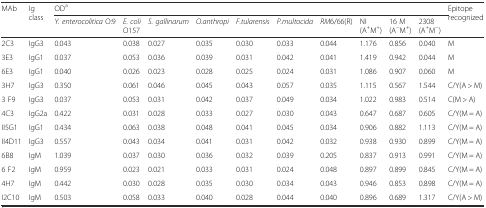
<table><thead><tr><td rowspan="2"><b>MAb</b></td><td rowspan="2"><b>Ig class</b></td><td colspan="10"><b>OD<sup>a</sup></b></td><td rowspan="2"><b>Epitope recognized</b></td></tr><tr><td><b><i>Y. enterocolitica</i> O:9</b></td><td><b><i>E. coli</i>O157</b></td><td><b><i>S. gallinarum</i></b></td><td><b><i>O.</i><i>anthropi</i></b></td><td><b><i>F.</i><i>tularensis</i></b></td><td><b><i>P.</i><i>multocida</i></b></td><td><b><i>RM</i>6/66(R)</b></td><td><b>NI(A<sup>+</sup>M<sup>+</sup>)</b></td><td><b>16 M (A<sup>−</sup>M<sup>+</sup>)</b></td><td><b>2308(A<sup>+</sup>M<sup>−</sup>)</b></td></tr></thead><tbody><tr><td>2C3</td><td>IgG3</td><td>0.043</td><td>0.038</td><td>0.027</td><td>0.035</td><td>0.030</td><td>0.033</td><td>0.044</td><td>1.176</td><td>0.856</td><td>0.040</td><td>M</td></tr><tr><td>3E3</td><td>IgG1</td><td>0.037</td><td>0.053</td><td>0.036</td><td>0.039</td><td>0.031</td><td>0.042</td><td>0.041</td><td>1.419</td><td>0.942</td><td>0.044</td><td>M</td></tr><tr><td>6E3</td><td>IgG1</td><td>0.040</td><td>0.026</td><td>0.023</td><td>0.028</td><td>0.025</td><td>0.024</td><td>0.031</td><td>1.086</td><td>0.907</td><td>0.060</td><td>M</td></tr><tr><td>3H7</td><td>IgG3</td><td>0.350</td><td>0.061</td><td>0.046</td><td>0.045</td><td>0.043</td><td>0.057</td><td>0.035</td><td>1.115</td><td>0.567</td><td>1.544</td><td>C/Y(A &gt; M)</td></tr><tr><td>3 F9</td><td>IgG3</td><td>0.037</td><td>0.053</td><td>0.031</td><td>0.042</td><td>0.037</td><td>0.049</td><td>0.034</td><td>1.022</td><td>0.983</td><td>0.514</td><td>C(M &gt; A)</td></tr><tr><td>4C3</td><td>IgG2a</td><td>0.422</td><td>0.031</td><td>0.028</td><td>0.033</td><td>0.027</td><td>0.030</td><td>0.043</td><td>0.647</td><td>0.687</td><td>0.605</td><td>C/Y(M = A)</td></tr><tr><td>II5G1</td><td>IgG1</td><td>0.434</td><td>0.063</td><td>0.038</td><td>0.048</td><td>0.041</td><td>0.045</td><td>0.034</td><td>0.906</td><td>0.882</td><td>1.113</td><td>C/Y(M = A)</td></tr><tr><td>II4D11</td><td>IgG3</td><td>0.557</td><td>0.043</td><td>0.034</td><td>0.041</td><td>0.031</td><td>0.042</td><td>0.032</td><td>0.938</td><td>0.930</td><td>0.899</td><td>C/Y(M = A)</td></tr><tr><td>6B8</td><td>IgM</td><td>1.039</td><td>0.037</td><td>0.030</td><td>0.036</td><td>0.032</td><td>0.039</td><td>0.205</td><td>0.837</td><td>0.913</td><td>0.991</td><td>C/Y(M = A)</td></tr><tr><td>6 F2</td><td>IgM</td><td>0.959</td><td>0.023</td><td>0.021</td><td>0.033</td><td>0.031</td><td>0.024</td><td>0.048</td><td>0.897</td><td>0.899</td><td>0.845</td><td>C/Y(M = A)</td></tr><tr><td>4H7</td><td>IgM</td><td>0.442</td><td>0.030</td><td>0.028</td><td>0.035</td><td>0.030</td><td>0.034</td><td>0.043</td><td>0.946</td><td>0.853</td><td>0.898</td><td>C/Y(M = A)</td></tr><tr><td>I2C10</td><td>IgM</td><td>0.503</td><td>0.058</td><td>0.033</td><td>0.040</td><td>0.028</td><td>0.044</td><td>0.040</td><td>0.896</td><td>0.689</td><td>1.317</td><td>C/Y(A &gt; M)</td></tr></tbody></table>